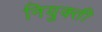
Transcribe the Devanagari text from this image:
नियुक्‍ती